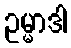
ဥမ္မာဒါ